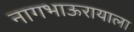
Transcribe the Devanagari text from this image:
नागभाऊरायाला